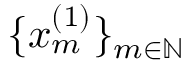
\{ x _ { m } ^ { ( 1 ) } \} _ { m \in \mathbb { N } }